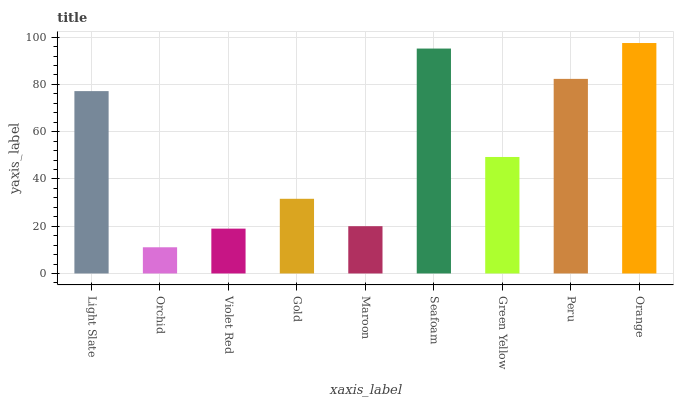
| xaxis_label | bars |
 | --- | --- |
 | Light Slate | 77.2 |
 | Orchid | 11.1 |
 | Violet Red | 19 |
 | Gold | 31.6 |
 | Maroon | 20 |
 | Seafoam | 95.2 |
 | Green Yellow | 49.3 |
 | Peru | 82.4 |
 | Orange | 97.5 |